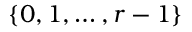
\{ 0 , 1 , \ldots , r - 1 \}